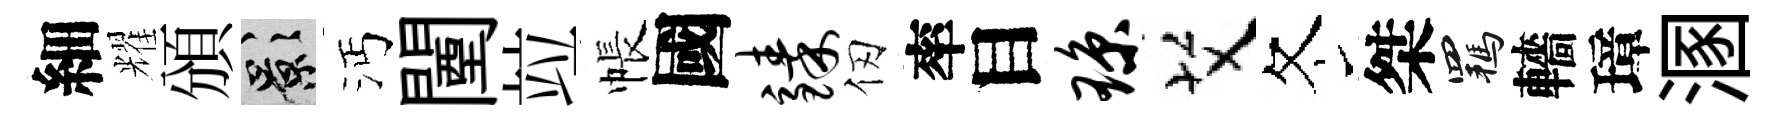
細耀頒影沔闉竝帳國臻仞率目琼艾冬桀羈轖璋溷